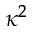
\kappa ^ { 2 }